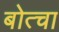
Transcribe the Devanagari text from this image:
बोत्चा